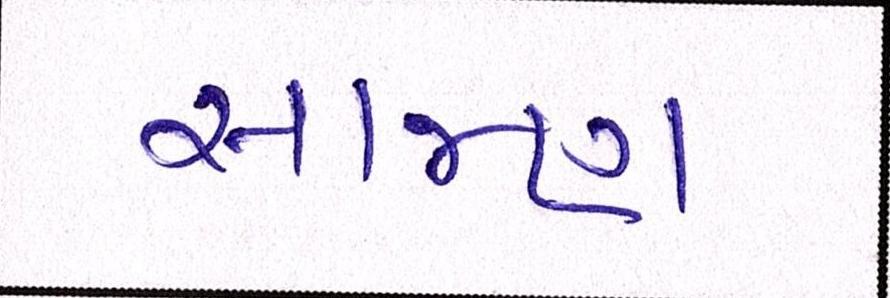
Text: સાજણ